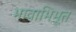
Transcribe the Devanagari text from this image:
भावाभिभूत